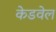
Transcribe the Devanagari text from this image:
केडवेल